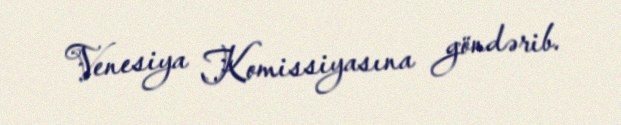
Venesiya Komissiyasına göndərib.